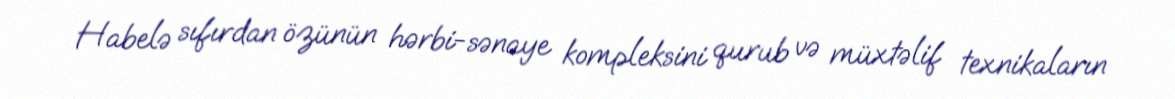
Habelə sıfırdan özünün hərbi-sənaye kompleksini qurub və müxtəlif texnikaların